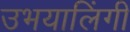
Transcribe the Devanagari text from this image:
उभयालिंगी